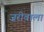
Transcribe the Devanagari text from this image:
ज़रीवाला